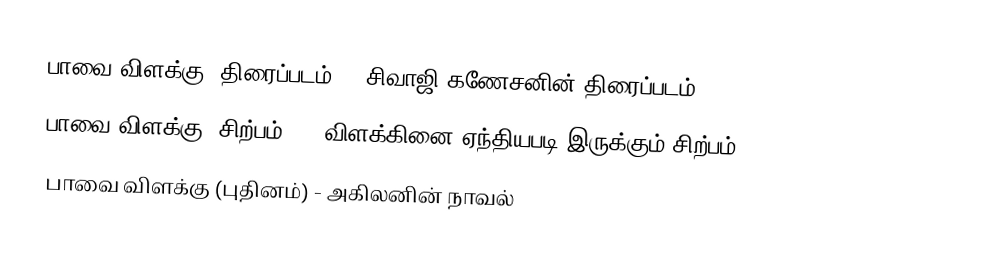
பாவை விளக்கு (திரைப்படம்) - சிவாஜி கணேசனின் திரைப்படம்
 பாவை விளக்கு (சிற்பம்). - விளக்கினை ஏந்தியபடி இருக்கும் சிற்பம்.
 பாவை விளக்கு (புதினம்) - அகிலனின் நாவல்